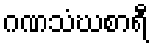
ဂဏသံဃစာရီ